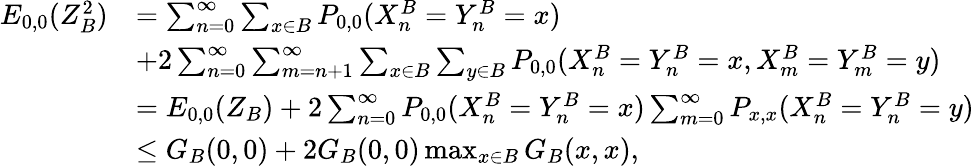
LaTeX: \begin{array}{rl}{E_{0,0}(Z_{B}^{2})}&{=\sum_{n=0}^{\infty}\sum_{x\in B}P_{0,0}(X_{n}^{B}=Y_{n}^{B}=x)}\\ &{+2\sum_{n=0}^{\infty}\sum_{m=n+1}^{\infty}\sum_{x\in B}\sum_{y\in B}P_{0,0}(X_{n}^{B}=Y_{n}^{B}=x,X_{m}^{B}=Y_{m}^{B}=y)}\\ &{=E_{0,0}(Z_{B})+2\sum_{n=0}^{\infty}P_{0,0}(X_{n}^{B}=Y_{n}^{B}=x)\sum_{m=0}^{\infty}P_{x,x}(X_{n}^{B}=Y_{n}^{B}=y)}\\ &{\le G_{B}(0,0)+2G_{B}(0,0)\operatorname*{max}_{x\in B}G_{B}(x,x),}\end{array}